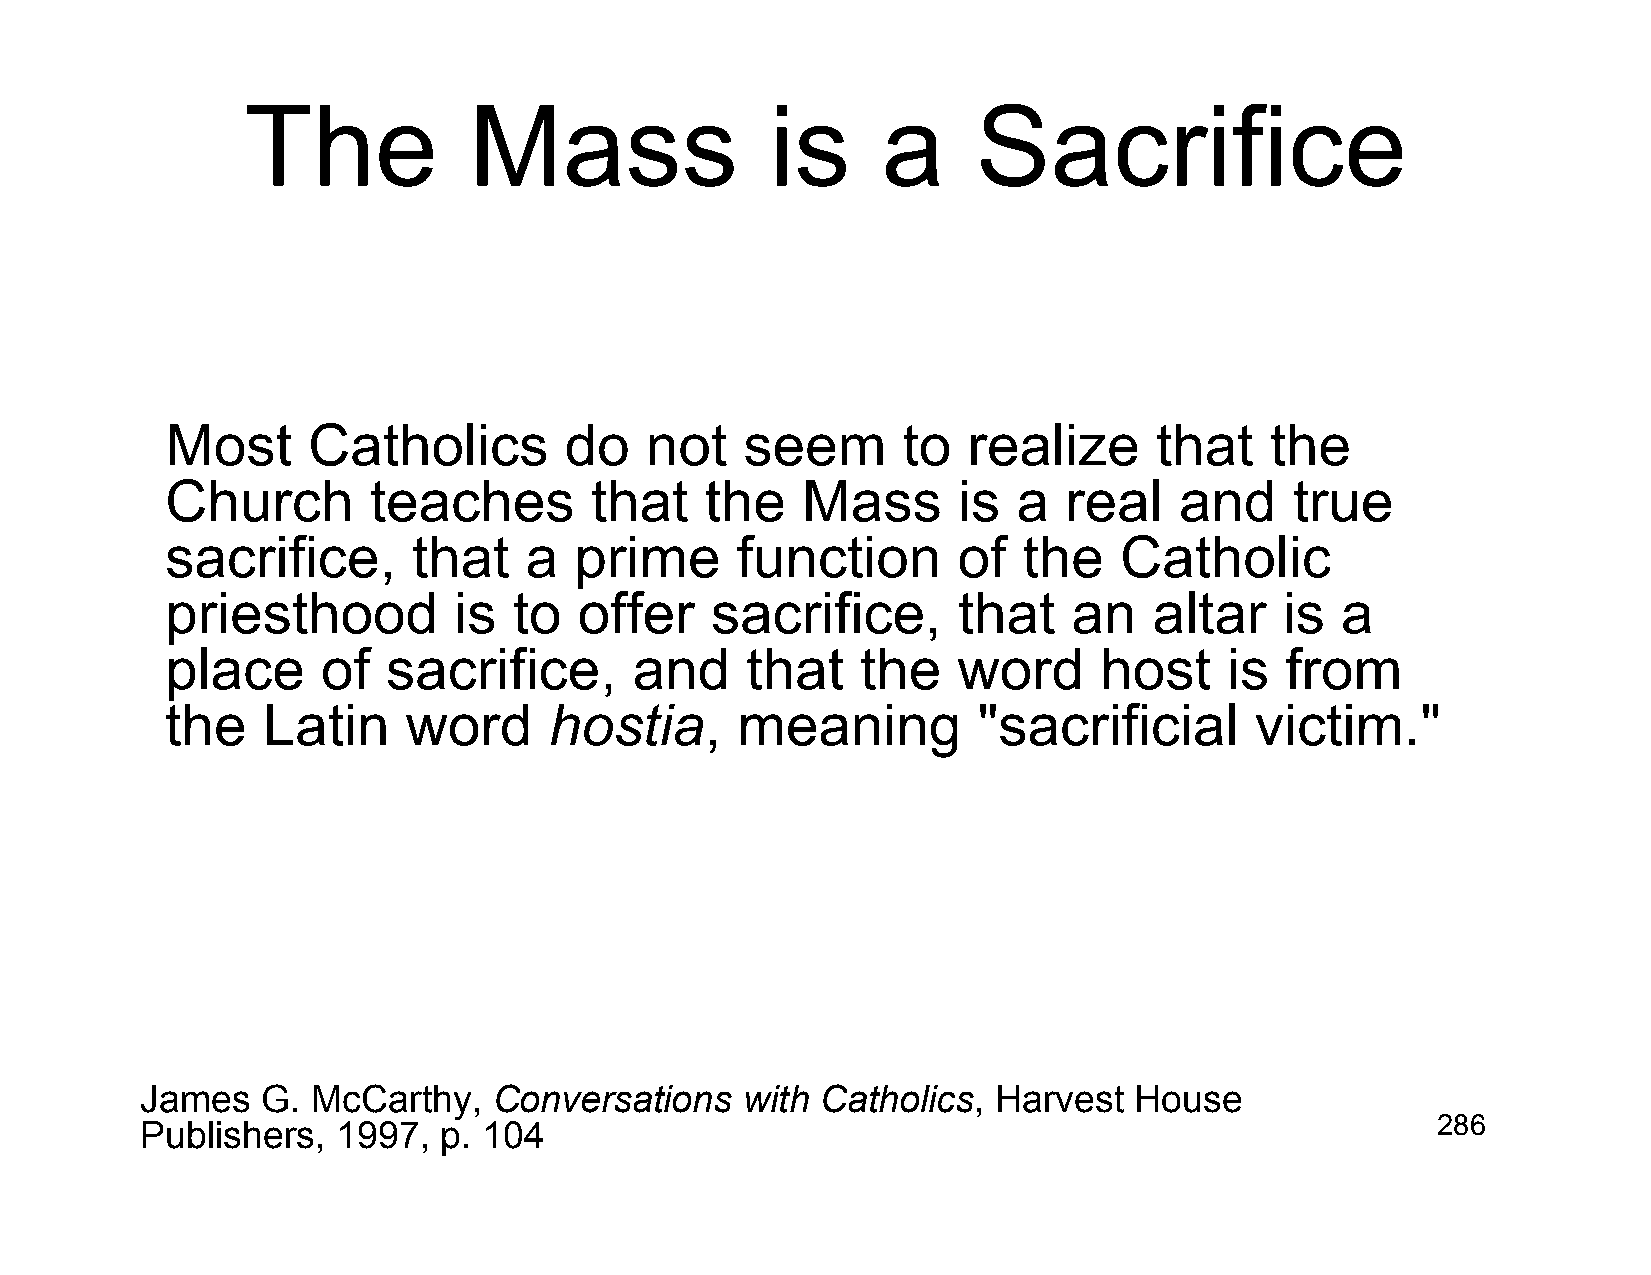
The            Mass                is     a      Sacrifice
 Most     Catholics        do    not   seem       to  realize     that    the
 Church       teaches        that    the   Mass      is  a  real    and     true
 sacrifice,      that    a  prime      function      of   the   Catholic
 priesthood         is  to  offer    sacrifice,      that    an   altar    is  a
 place     of   sacrifice,      and    that    the   word      host    is  from
 the   Latin     word     hostia,      meaning         "sacrificial      victim."
 James   G.  McCarthy,   Conversations   with Catholics,  Harvest  House
 Publishers,  1997,  p. 104                                                            286